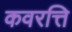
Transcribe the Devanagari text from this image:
कवरत्ति